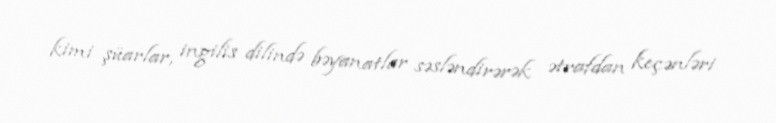
kimi şüarlar, ingilis dilində bəyanatlar səsləndirərək ətrafdan keçənləri